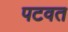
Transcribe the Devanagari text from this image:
पटवत